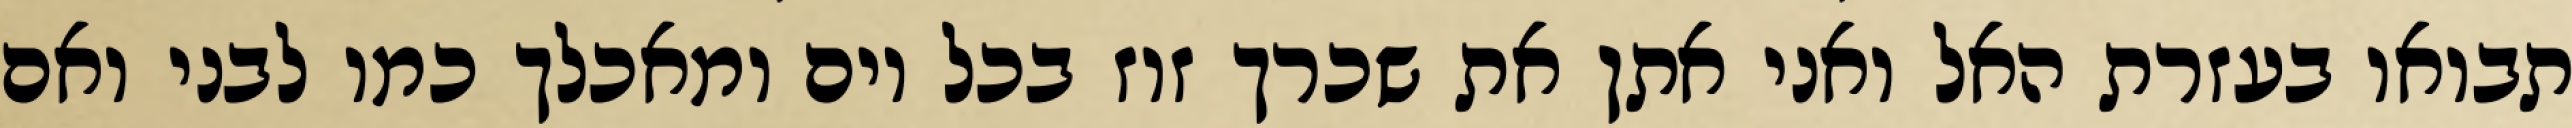
תבואו בעזרת האל ואני אתן את שכרך זוז בכל יום ומאכלך כמו לבני ואם